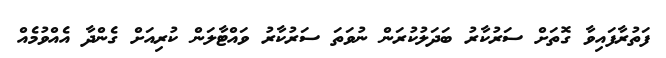
ފަތުރާފައިވާ ގޮތަށް ސަރުކާރު ބަދަލުކުރަން ނުވަތަ ސަރުކާރު ވައްޓާލަން ކުރިއަށް ގެންދާ އެއްވުމެއް